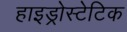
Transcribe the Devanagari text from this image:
हाइड्रोस्टेटिक